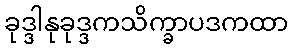
ခုဒ္ဒါနုခုဒ္ဒကသိက္ခာပဒကထာ